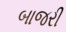
બાજરી